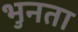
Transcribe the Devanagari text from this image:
भुनता